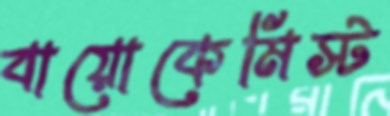
বায়োকেমিস্ট